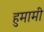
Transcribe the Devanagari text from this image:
हुमामी